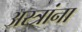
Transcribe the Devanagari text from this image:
अस्त्रांना